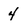
Character: 4